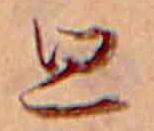
思